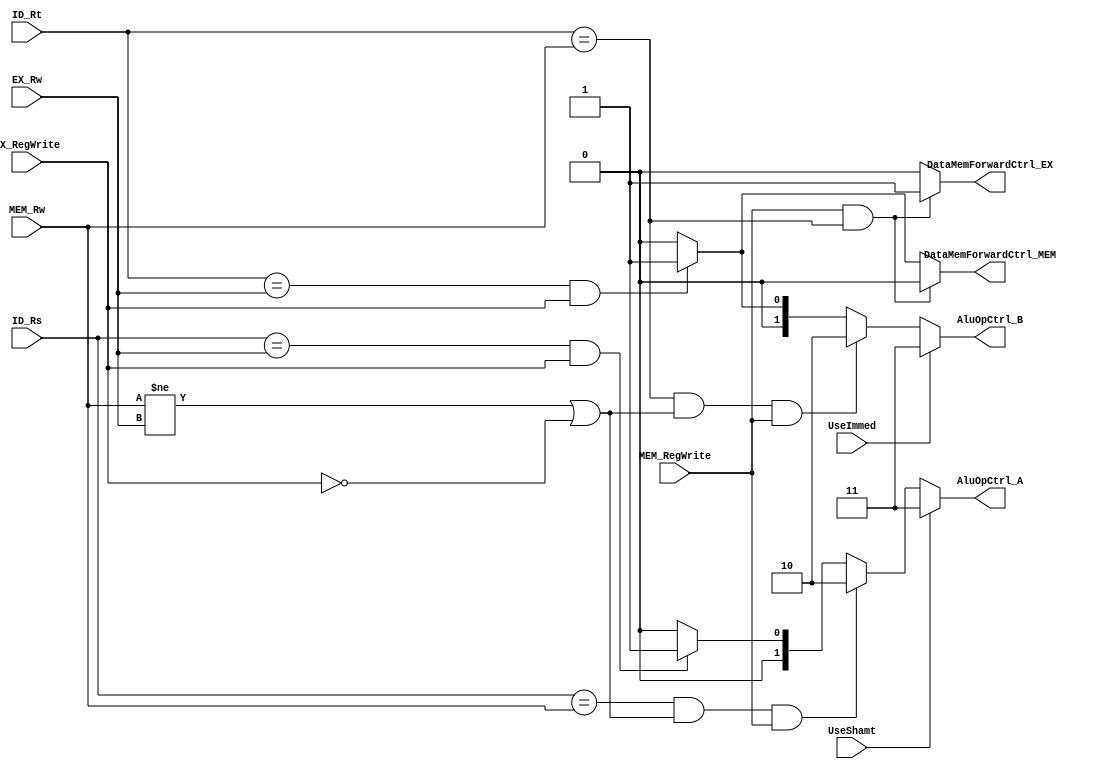
`timescale 1ns / 1ps
//////////////////////////////////////////////////////////////////////////////////
// Company: 
// Engineer: 
// 
// Design Name: 
// Module Name: forwarding_unit
// Project Name: 
// Target Devices: 
// Tool Versions: 
// Description: 
// 
// Dependencies: 
// 
// Revision:
// Revision 0.01 - File Created
// Additional Comments:
// 
//////////////////////////////////////////////////////////////////////////////////
//Module definition of Forwarding Unit
//Detects a RAW data hazard

module ForwardingUnit(UseShamt,UseImmed, ID_Rs, ID_Rt, EX_Rw, MEM_Rw, EX_RegWrite, MEM_RegWrite, AluOpCtrl_A, AluOpCtrl_B, 
						DataMemForwardCtrl_EX, DataMemForwardCtrl_MEM);
						
	
	input UseImmed, UseShamt;
	input [4:0] ID_Rs, ID_Rt, EX_Rw, MEM_Rw;
	input EX_RegWrite, MEM_RegWrite;
	output reg [1:0]AluOpCtrl_A, AluOpCtrl_B;
	output reg DataMemForwardCtrl_EX, DataMemForwardCtrl_MEM;
	
	//Logic for AluOpCtrl_A
	always @(*) 
		begin
			if (UseShamt == 0 /*&& (EX_Rw != 0 || MEM_Rw != 0 )*/)
				begin
					if (ID_Rs == MEM_Rw && (MEM_Rw != EX_Rw || EX_RegWrite == 0) && MEM_RegWrite == 1) AluOpCtrl_A <= 2'b10;
					else if (ID_Rs == EX_Rw && EX_RegWrite == 1) AluOpCtrl_A <= 2'b01;
					else AluOpCtrl_A <= 2'b00;
				end
			else if (UseShamt == 1) AluOpCtrl_A <= 2'b11;
			else AluOpCtrl_A <= 2'b00;	
	
		end
	
	//Logic for AluOpCtrl_B	
	always @(*) 
		begin
			if (UseImmed == 0 /*&& (EX_Rw != 0 || MEM_Rw != 0 )*/)
				begin
					if (ID_Rt == MEM_Rw && (MEM_Rw != EX_Rw || EX_RegWrite == 0) && MEM_RegWrite == 1) AluOpCtrl_B <= 2'b10;
					else if (ID_Rt == EX_Rw && EX_RegWrite == 1) AluOpCtrl_B <= 2'b01;
					else AluOpCtrl_B <= 2'b00;
				end
			else if (UseImmed == 1) AluOpCtrl_B <= 2'b11;
			else AluOpCtrl_B <= 2'b00;
		end
	
	//Logic for DataMemForwardCtrl_EX and DataMemForwardCtrl_MEM
	always @(*) 
		begin
			if(MEM_RegWrite == 1 && ID_Rt == MEM_Rw)
				begin
					DataMemForwardCtrl_EX <= 1'b1;
					DataMemForwardCtrl_MEM <= 1'b0;
				end
			else
				begin
					if(EX_RegWrite == 1 && ID_Rt == EX_Rw)	
						begin
							DataMemForwardCtrl_EX <= 1'b0;
							DataMemForwardCtrl_MEM <= 1'b1;
						end
					else
						begin
							DataMemForwardCtrl_EX <= 1'b0;
							DataMemForwardCtrl_MEM <= 1'b0;
						end
				end	
		end
endmodule